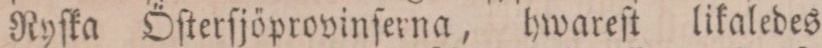
Ryſka Öſterſjöprovinſerna, hwareſt likaledes